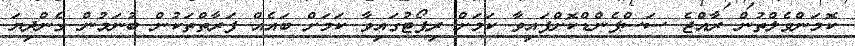
ކޮމަންވެލްތުން ރާއްޖެ ސަސްޕެންޑްކޮށްފައިވާ ކަމަށް ރިޕޯޓުގައިވާ ކަމަށް ބައެއް ފަރާތްތަކުން ބުނަމުން ގެންދިޔަ